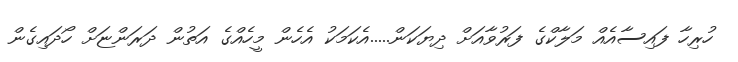
ހުރިހާ ފައިސާއެއް މަލާކްގެ ފަރުވާއަށް ދިޔަކަން.....އެކަމަކު އެހެން މީހެއްގެ އަތުން ދަރަންޏަށް ހޯދައިގެން